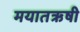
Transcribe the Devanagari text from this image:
मयातऋषी